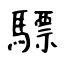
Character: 驃